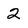
Character: 2